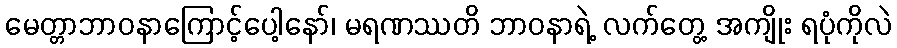
မေတ္တာဘာဝနာကြောင့်ပေါ့နော်၊ မရဏဿတိ ဘာဝနာရဲ့ လက်တွေ့ အကျိုး ရပုံကိုလဲ